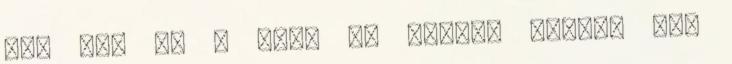
ott van az , hogy ez mégsem Monza. Más